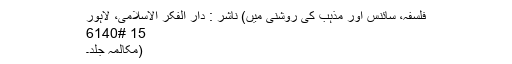
فلسفہ، سائنس اور مذہب کی روشنی میں) ناشر : دار الفکر الاسلامی، لاہور
15 #6140
(مکالمہ جلد۔